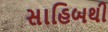
સાહિબથી